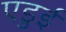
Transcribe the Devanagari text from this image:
एडुई